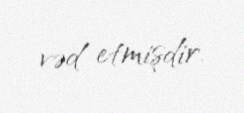
vəd etmişdir.